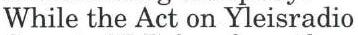
While the Act on Yleisradio